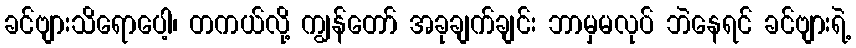
ခင်ဗျားသိရောပေါ့၊ တကယ်လို့ ကျွန်တော် အခုချက်ချင်း ဘာမှမလုပ် ဘဲနေရင် ခင်ဗျားရဲ့